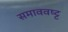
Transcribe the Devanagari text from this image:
समाववष्ट्ट